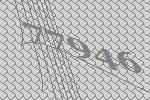
77946